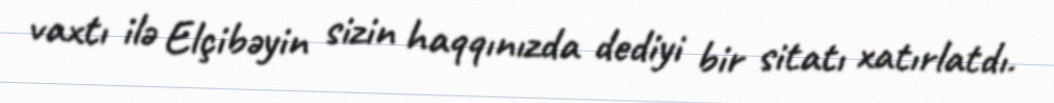
vaxtı ilə Elçibəyin sizin haqqınızda dediyi bir sitatı xatırlatdı.